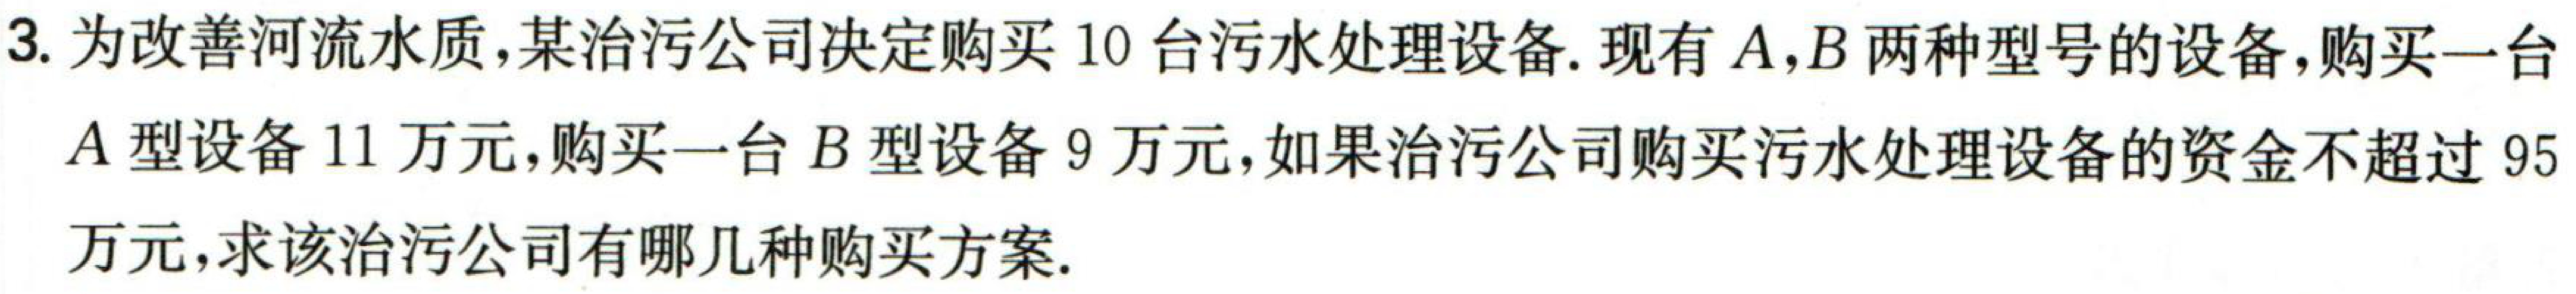
3. 为改善河流水质，某治污公司决定购买10台污水处理设备. 现有$A,B$两种型号的设备, 购买一台$A$型设备11万元，购买一台$B$型设备9万元，如果治污公司购买污水处理设备的资金不超过95万元，求该治污公司有哪几种购买方案.